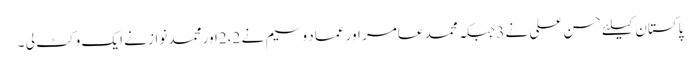
پاکستان کیلئے حسن علی نے 3جبکہ محمد عامر اور عماد وسیم نے 2،2اور محمد نواز نے ایک وکٹ لی ۔